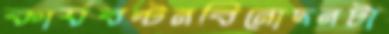
কার্যবণ্টনবিনোদনটা